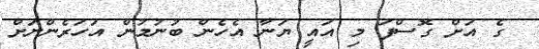
ގެ އަށް ގޮސްފަ މި އައީ ޔަނާ އެހެން ބުނުމުން އަހަރެންނަށް